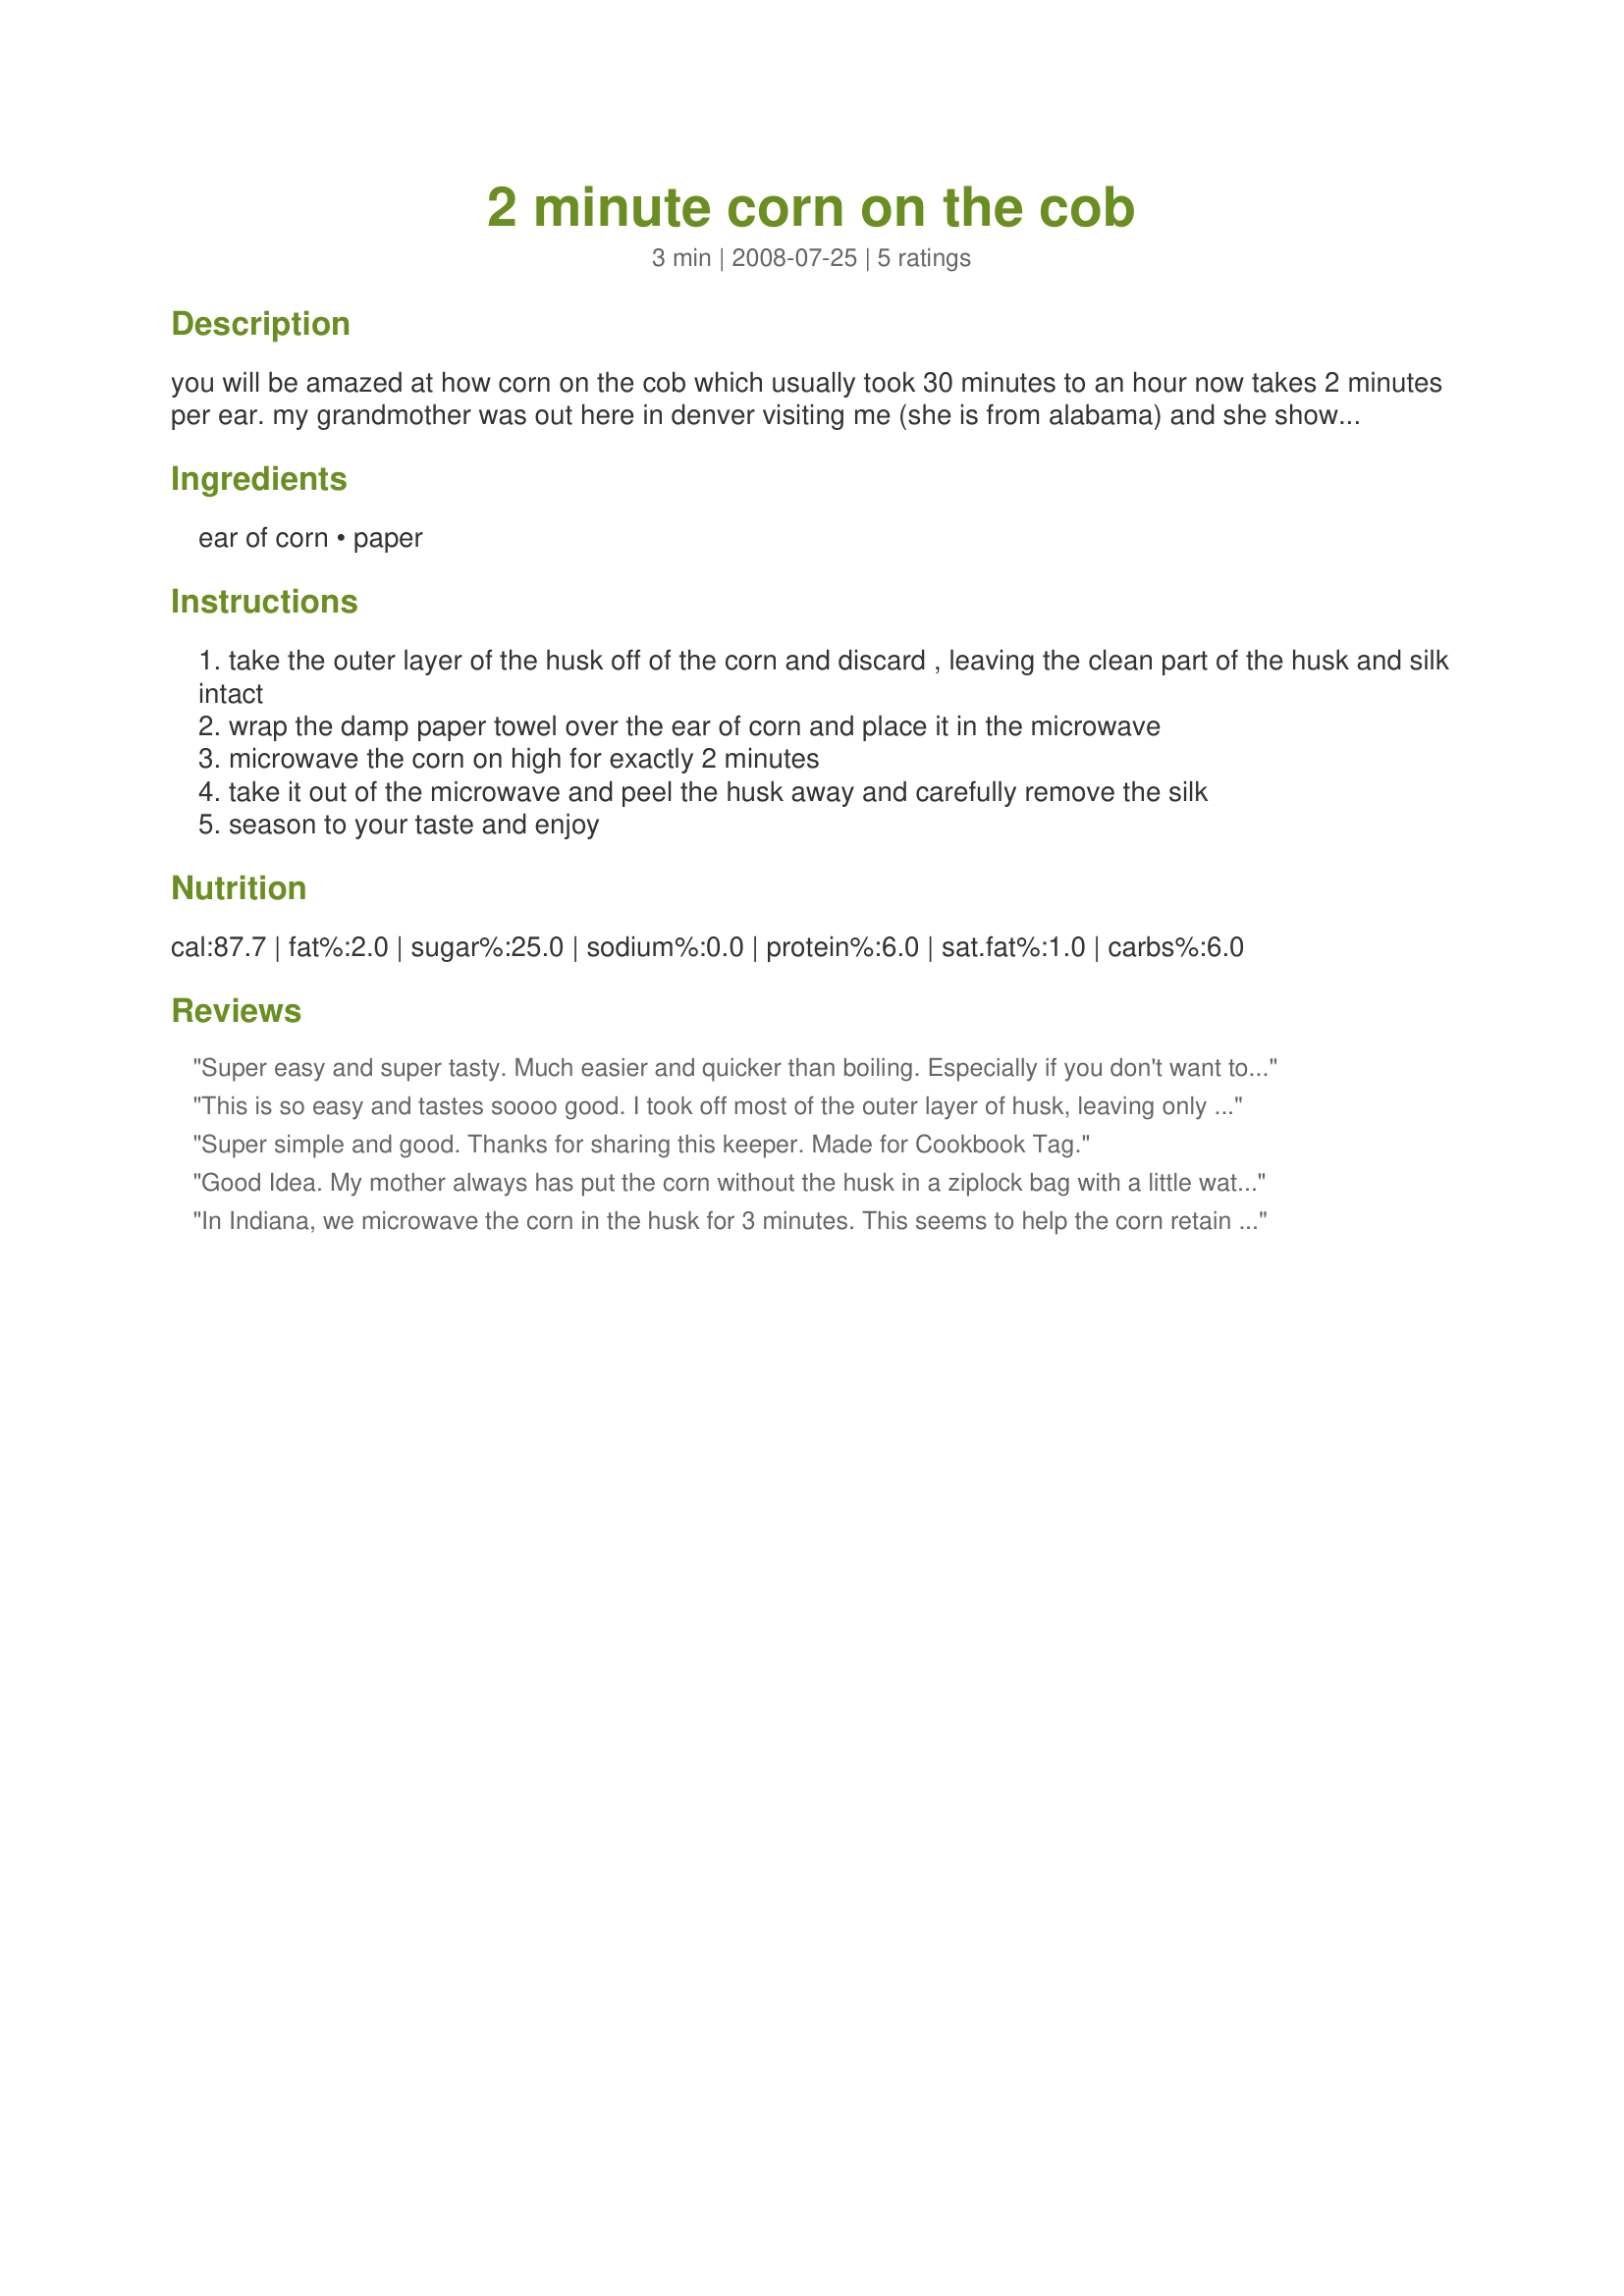
2 minute corn on the cob
Preparation time: 3 minutes

you will be amazed at how corn on the cob which usually took 30 minutes to an hour now takes 2 minutes per ear. my grandmother was out here in denver visiting me (she is from alabama) and she showed me this. i couldnt beleive how a microwave could do an ear of corn so good!

Ingredients:
ear of corn, paper

Steps:
take the outer layer of the husk off of the corn and discard , leaving the clean part of the husk and silk intact
wrap the damp paper towel over the ear of corn and place it in the microwave
microwave the corn on high for exactly 2 minutes
take it out of the microwave and peel the husk away and carefully remove the silk
season to your taste and enjoy

Reviews:
Super easy and super tasty. Much easier and quicker than boiling. Especially if you don't want to make a big batch all at once.
This is so easy and tastes soooo good. I took off most of the outer layer of husk, leaving only a thin layer intact, along with the silk. It is very hot when you take it out, so be careful. But the silk came off easily by running the ear under cold water. And it stayed really hot even after the cold water shower.
Super simple and good. Thanks for sharing this keeper. Made for Cookbook Tag.
Good Idea. My mother always has put the corn without the husk in a ziplock bag with a little water and mircrowave. DO NOT SEAL BAG, leave open a bit for steam
In Indiana, we microwave the corn in the husk for 3 minutes. This seems to help the corn retain even more sweet flavor.
